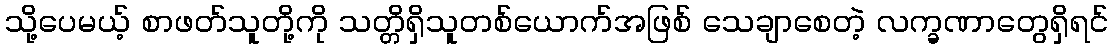
သို့ပေမယ့် စာဖတ်သူတို့ကို သတ္တိရှိသူတစ်ယောက်အဖြစ် သေချာစေတဲ့ လက္ခဏာတွေရှိရင်